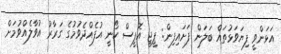
އަޅަންވީ ފިޔަވަޅުތައް ބަލަން ފަށައިފިން: ޕީޖީ އޮފީސް ކޯނީ އުފެއްދެވުމުގެ ގަރާރު އުވާލެއްވުމަށް